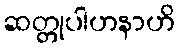
ဆတ္တုပါဟနာဟိ